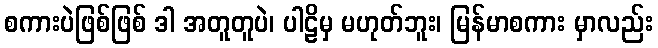
စကားပဲဖြစ်ဖြစ် ဒါ အတူတူပဲ၊ ပါဠိမှ မဟုတ်ဘူး၊ မြန်မာစကား မှာလည်း